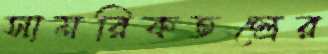
সামরিকতন্ত্রের